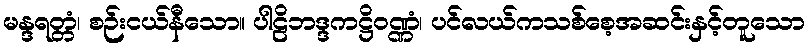
မန္ဒရတ္တံ၊ စဉ်းငယ်နီသော။ ပါဠိဘဒ္ဒကဋ္ဌိဝဏ္ဏံ၊ ပင်လယ်ကသစ်စေ့အဆင်းနှင့်တူသော